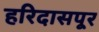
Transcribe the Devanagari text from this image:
हरिदासपूर